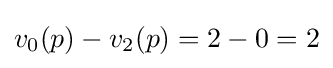
v_{0}(p)-v_{2}(p)=2-0=2